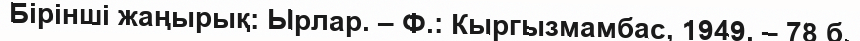
Бірінші жаңырық: Ырлар. – Ф.: Кыргызмамбас, 1949. – 78 б.